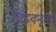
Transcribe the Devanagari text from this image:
तांडवनृत्य